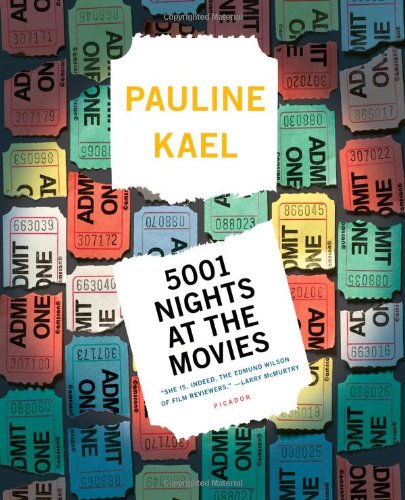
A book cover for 5001 Nights at the Movies (Holt Paperback); Pauline Kael; Humor & Entertainment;